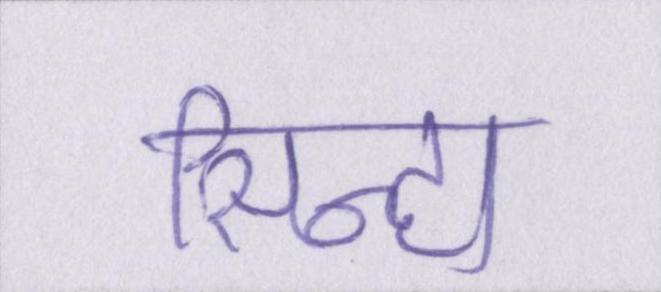
सिन्हा